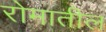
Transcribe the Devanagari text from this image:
रोमातील